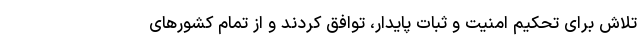
تلاش برای تحکیم امنیت و ثبات پایدار، توافق کردند و از تمام کشور‌های